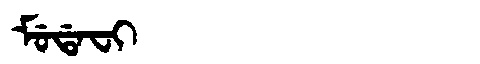
Manchu: ᠮᡠᡩᠠᠸᡳ
Romanization: MUDAFI